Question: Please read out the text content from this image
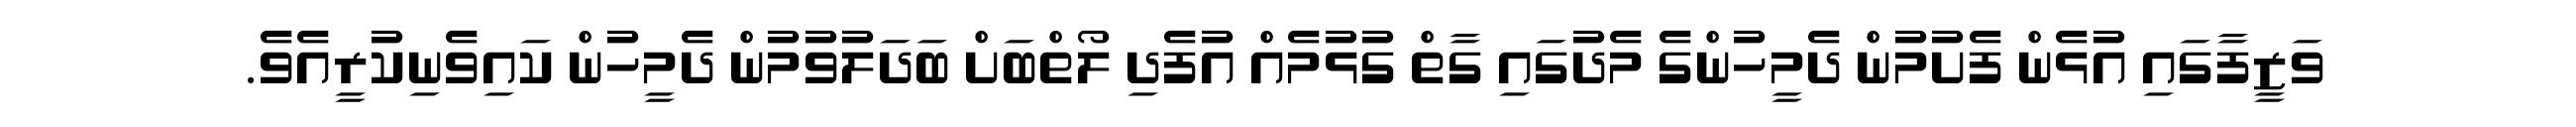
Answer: ވަޒީފާގައި އުޅެން ފެށުމުން ދެމީހުންގެ މެދުގައި ގާތް ގުޅުމެއް އުފެދި ލޯތްބަށް ބަދަލުވުމުން ދެމީހުން ކައިވެނިކުރީއެވެ.